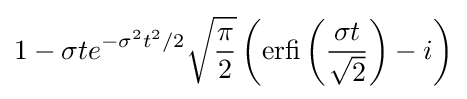
1-\sigma te^{-\sigma ^{2}t^{2}/2}{\sqrt {\frac {\pi }{2}}}\left(\operatorname {erfi} \left({\frac {\sigma t}{\sqrt {2}}}\right)-i\right)